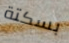
بسكتة